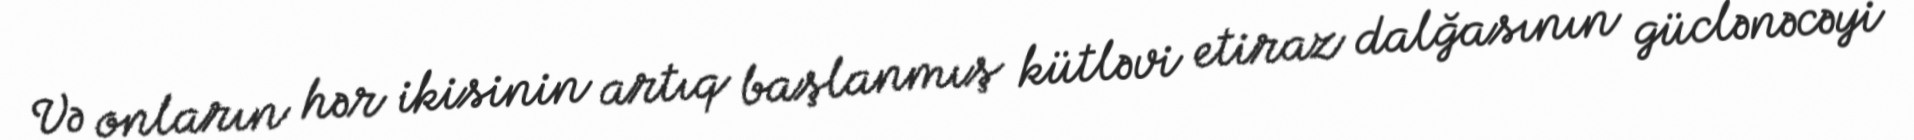
Və onların hər ikisinin artıq başlanmış kütləvi etiraz dalğasının güclənəcəyi